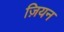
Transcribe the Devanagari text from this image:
ज़ियन